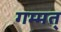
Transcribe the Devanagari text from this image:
गम्मत्